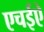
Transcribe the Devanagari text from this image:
एचईऐ